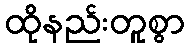
ထိုနည်းတူစွာ